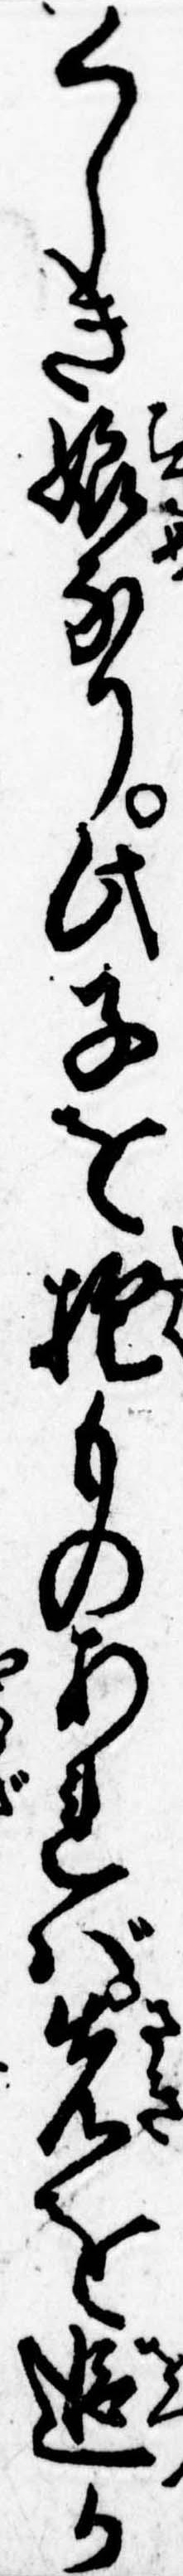
くしき娘なり此子を抱ものあれば先を追か